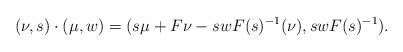
LaTeX: \begin{align*}(\nu,s)\cdot(\mu,w) = (s\mu+F\nu-swF(s)^{-1}(\nu),swF(s)^{-1}).\end{align*}